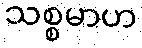
သစ္စမာဟ